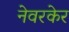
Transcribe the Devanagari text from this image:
नेवरकेर